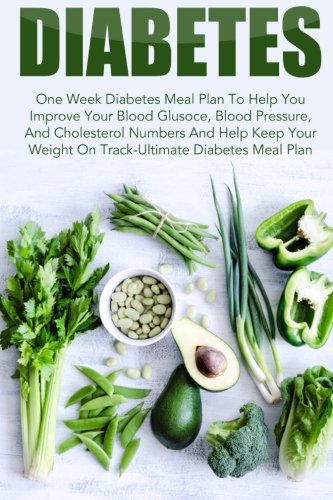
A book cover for Diabetes: One Week Diabetes Meal Plan To Help You Improve Your Blood Glucose, Blood Pressure, And Cholesterol Numbers And Help Keep Your Weight On ... Reverse Diabetes, Diabetes Meal Plan); Amelia Sanders; Health, Fitness & Dieting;